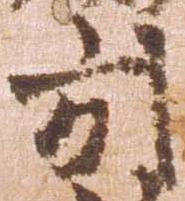
引